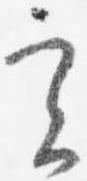
実